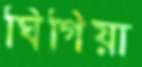
ঘিগিয়া